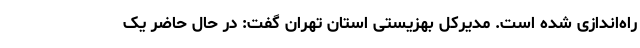
راه‌اندازی شده است. مدیرکل بهزیستی استان تهران گفت: در حال حاضر یک